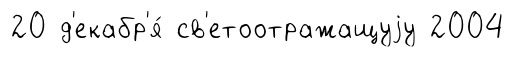
20 д'екабр'я́ св'етоотражащуjу 2004